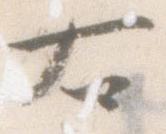
右